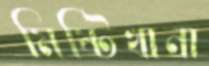
মিষ্টিখানা